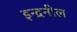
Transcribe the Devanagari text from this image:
इन्द्रनील